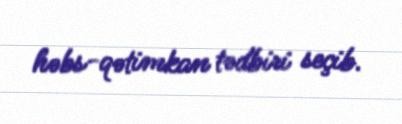
həbs-qətimkan tədbiri seçib.